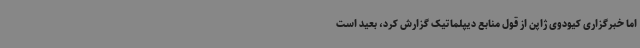
اما خبرگزاری کیودوی ژاپن از قول منابع دیپلماتیک گزارش کرد، بعید است